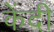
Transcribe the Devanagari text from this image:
केंदी